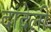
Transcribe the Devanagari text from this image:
दांदेली